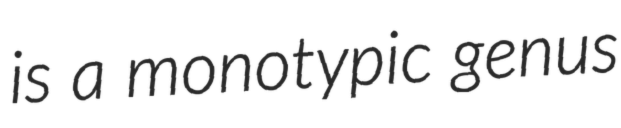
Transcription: is a monotypic genus